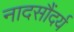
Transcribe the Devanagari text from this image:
नादसौंदर्य